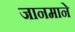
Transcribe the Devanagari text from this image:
जानमाने